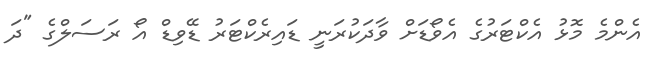
އެންމެ މޮޅު އެކްޓަރުގެ އެވޯޑަށް ވާދަކުރަނީ ޑައިރެކްޓަރު ޑޭވިޑް އޯ ރަސަލްގެ "ދަ